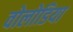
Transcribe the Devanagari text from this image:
वोलोडिया